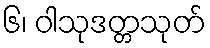
၆၊ ဝါသုဒတ္တသုတ်